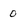
Character: 0